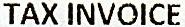
TAX INVOICE